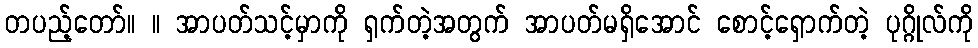
တပည့်တော်။ ။ အာပတ်သင့်မှာကို ရှက်တဲ့အတွက် အာပတ်မရှိအောင် စောင့်ရှောက်တဲ့ ပုဂ္ဂိုလ်ကို